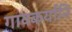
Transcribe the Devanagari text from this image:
गावकर्यानि